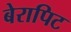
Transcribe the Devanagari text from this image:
बेरापिट